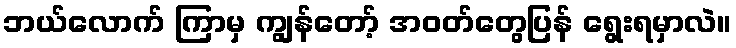
ဘယ်လောက် ကြာမှ ကျွန်တော့် အဝတ်တွေပြန် ရွေးရမှာလဲ။